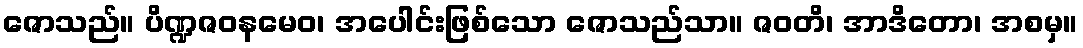
ဇောသည်။ ပိဏ္ဍဇဝနမေဝ၊ အပေါင်းဖြစ်သော ဇောသည်သာ။ ဇဝတိ၊ အာဒိတော၊ အစမှ။